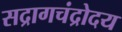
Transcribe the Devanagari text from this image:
सद्रागचंद्रोदय